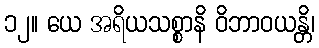
၁၂။ ယေ အရိယသစ္စာနိ ဝိဘာဝယန္တိ၊